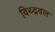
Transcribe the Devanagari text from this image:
विथ्द्रवल